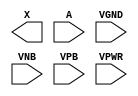
/**
 * Copyright 2020 The SkyWater PDK Authors
 *
 * Licensed under the Apache License, Version 2.0 (the "License");
 * you may not use this file except in compliance with the License.
 * You may obtain a copy of the License at
 *
 *     https://www.apache.org/licenses/LICENSE-2.0
 *
 * Unless required by applicable law or agreed to in writing, software
 * distributed under the License is distributed on an "AS IS" BASIS,
 * WITHOUT WARRANTIES OR CONDITIONS OF ANY KIND, either express or implied.
 * See the License for the specific language governing permissions and
 * limitations under the License.
 *
 * SPDX-License-Identifier: Apache-2.0
 */

`ifndef SKY130_FD_SC_HD__PROBE_P_PP_BLACKBOX_V
`define SKY130_FD_SC_HD__PROBE_P_PP_BLACKBOX_V

/**
 * probe_p: Virtual voltage probe point.
 *
 * Verilog stub definition (black box with power pins).
 *
 * WARNING: This file is autogenerated, do not modify directly!
 */

`timescale 1ns / 1ps
`default_nettype none

(* blackbox *)
module sky130_fd_sc_hd__probe_p (
    X   ,
    A   ,
    VGND,
    VNB ,
    VPB ,
    VPWR
);

    output X   ;
    input  A   ;
    input  VGND;
    input  VNB ;
    input  VPB ;
    input  VPWR;
endmodule

`default_nettype wire
`endif  // SKY130_FD_SC_HD__PROBE_P_PP_BLACKBOX_V